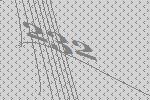
232